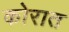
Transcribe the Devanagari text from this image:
कोरात